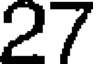
27